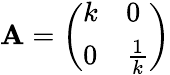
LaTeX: \mathbf{A}={\left(\begin{array}{ll}{k}&{0}\\ {0}&{{\frac{1}{k}}}\end{array}\right)}